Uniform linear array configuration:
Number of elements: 12
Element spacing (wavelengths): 1
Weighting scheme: cosine
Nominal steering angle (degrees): -60
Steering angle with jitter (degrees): -58.699
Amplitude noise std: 0.05
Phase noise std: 0.05

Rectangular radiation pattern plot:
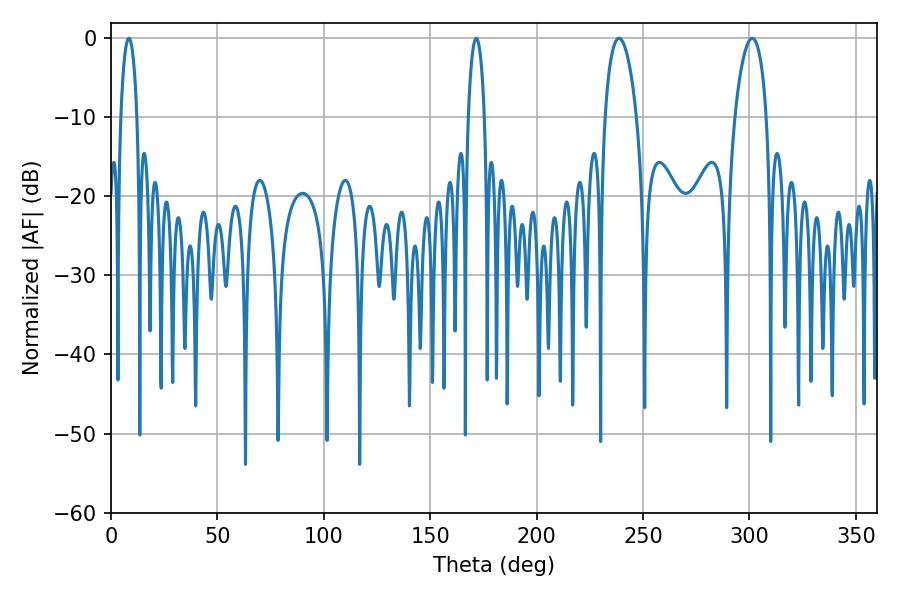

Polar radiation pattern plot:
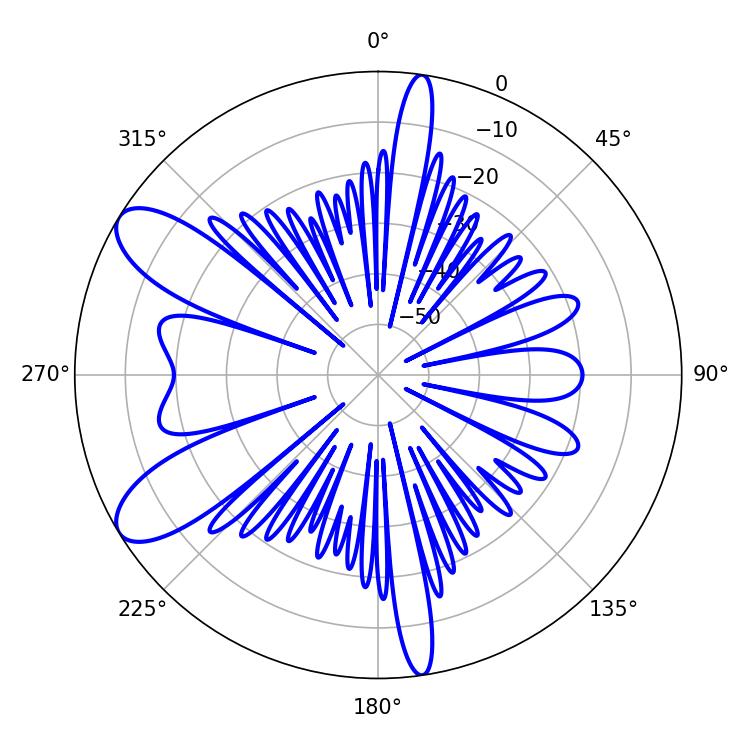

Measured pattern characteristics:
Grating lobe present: TRUE
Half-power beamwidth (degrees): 8.46
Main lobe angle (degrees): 238.68